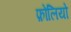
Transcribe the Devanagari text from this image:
फ़ोलियो